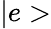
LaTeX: |e>